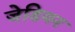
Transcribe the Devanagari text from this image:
जेडियन